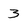
Character: 3